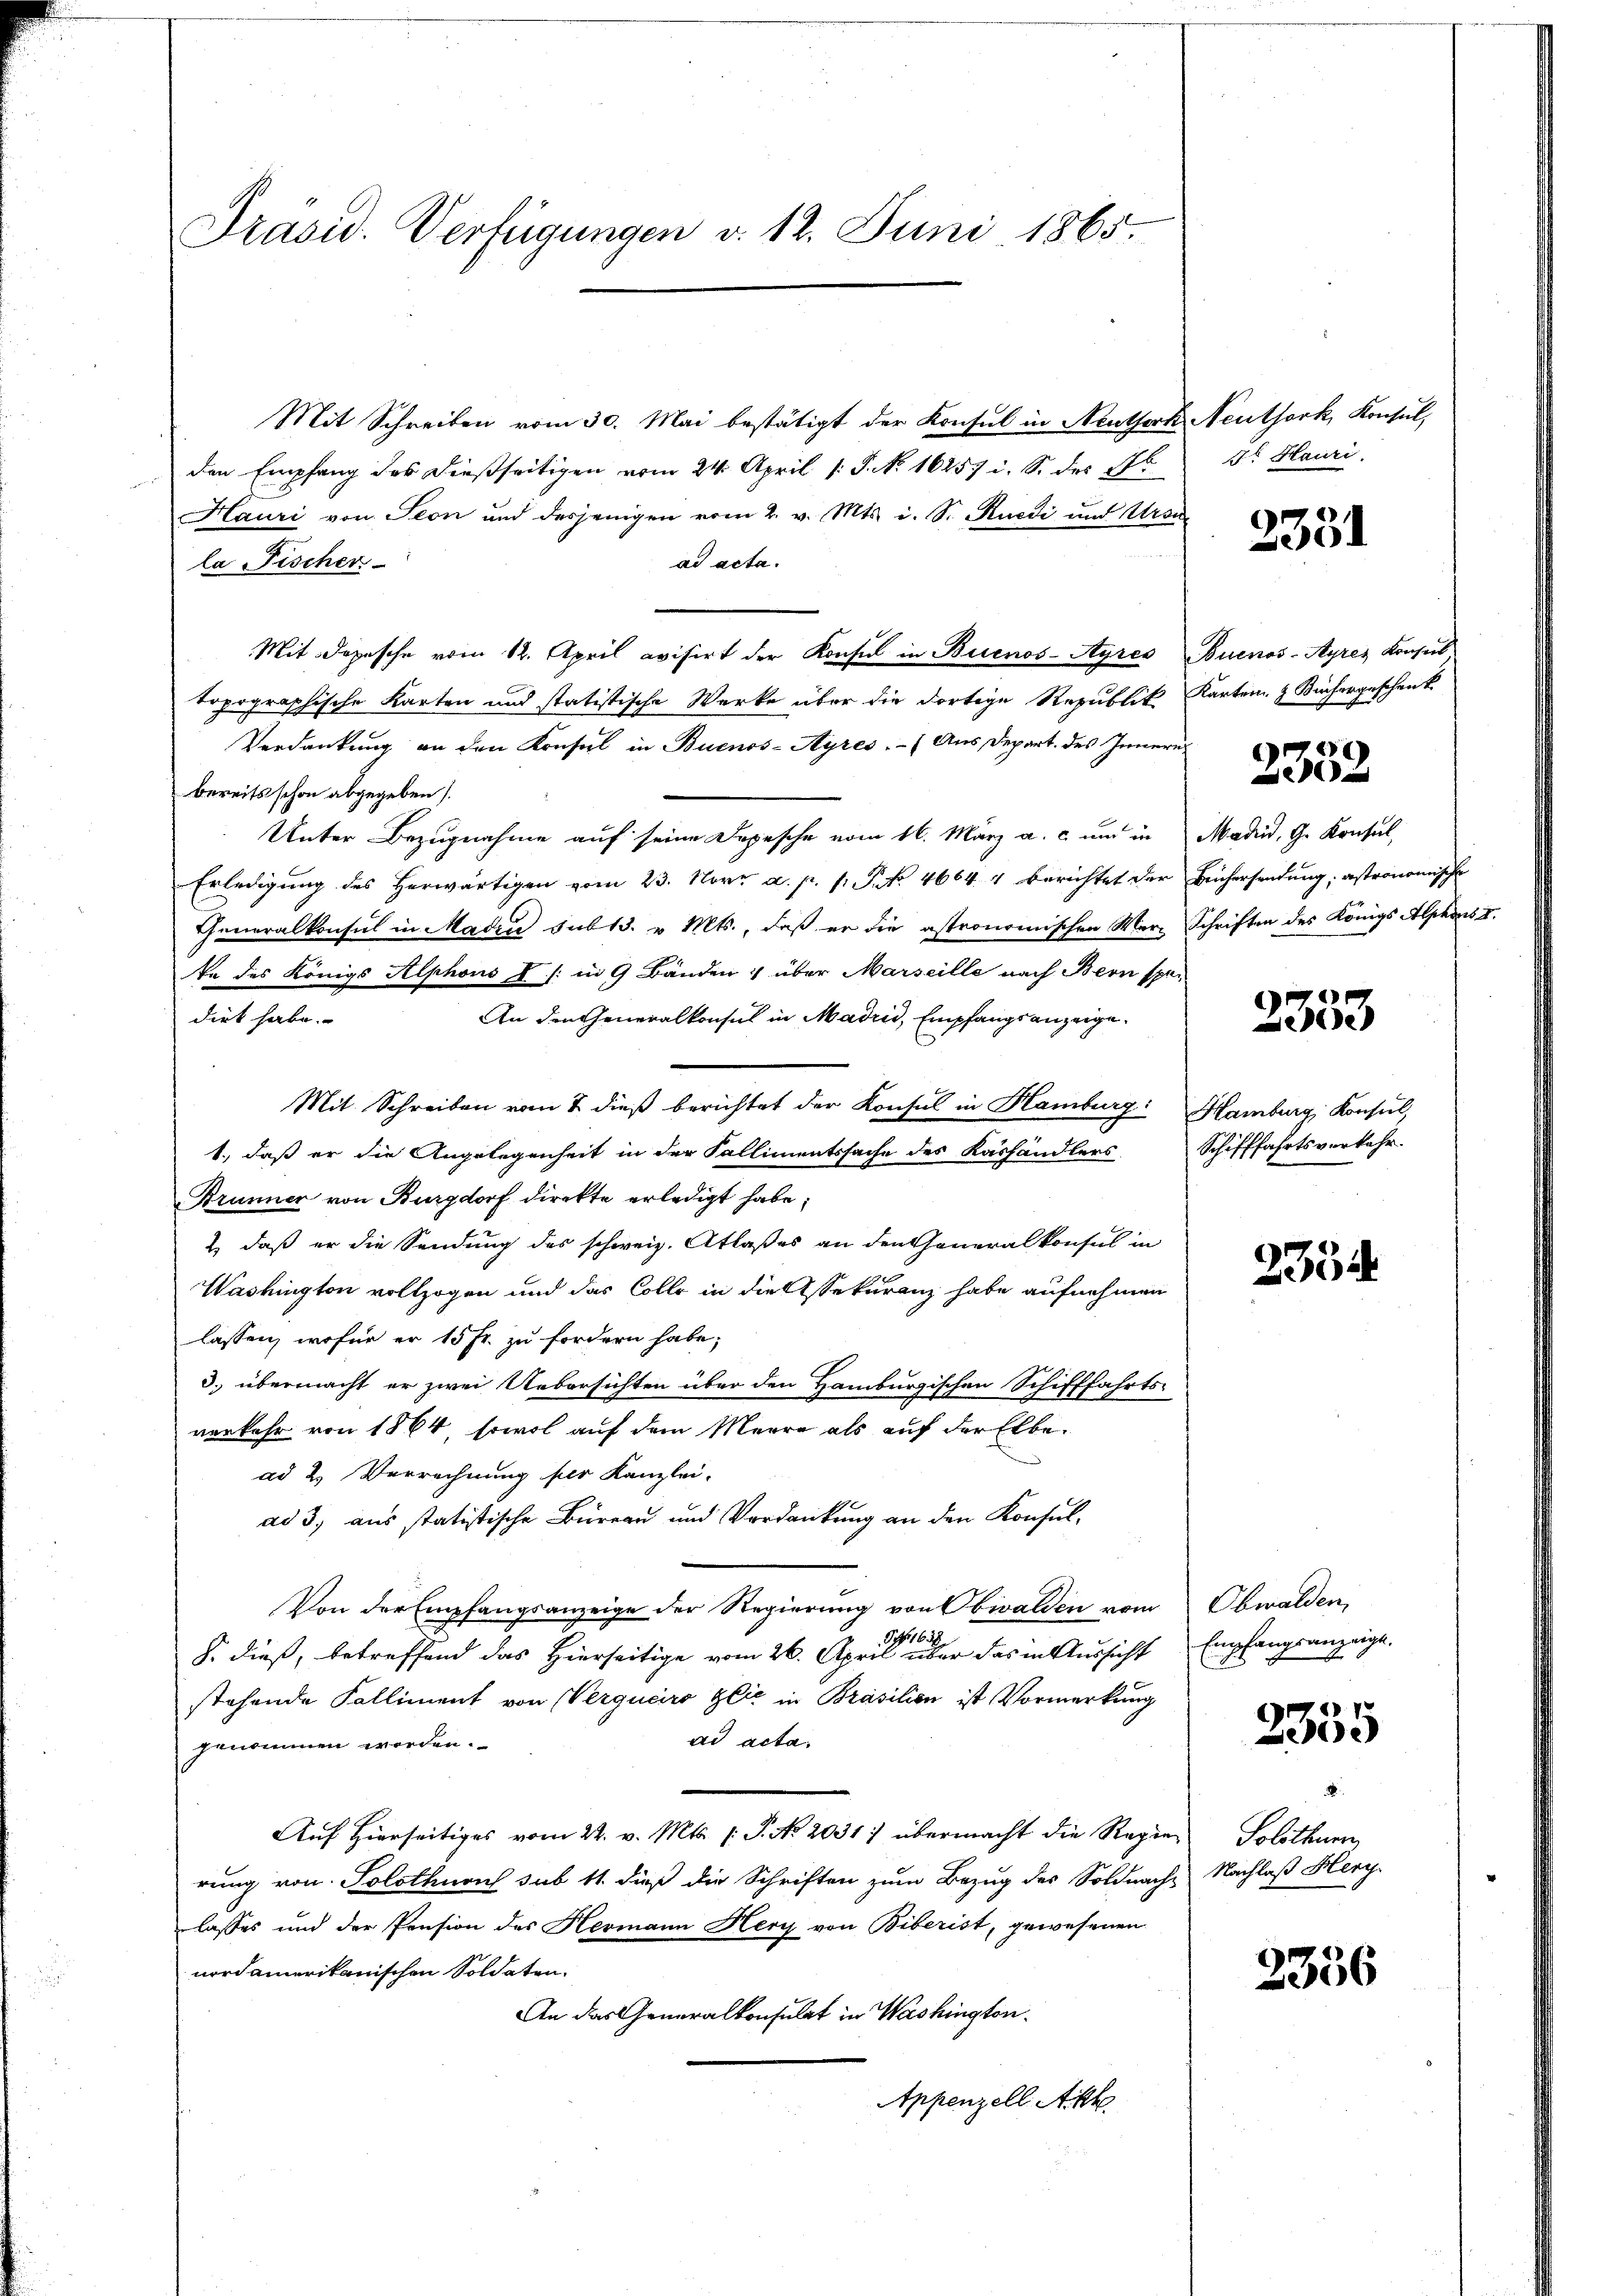
Präsid. Verfügungen v. 12. Juni 1865.

Mit Schreiben vom 30. Mai bestätigt der Konsul in Neuthork Neuthork, Konsul,
den Empfang des dießseitigen vom 24. April [ P. N. 16257 i. S. des 176
Hauri von Seon und desjenigen vom 2. v. Mts. i. S. Ruedi und Ursu
ad acta.
la Fischer
Mit Depesche vom 12. April avisirt der Konsul in Buenos-Ayres Buenos-Ayres Konses
topographische Karten und statistische Werke über die dortige Republik Karten & Büchergeschenk
Verdankung an den Konsul in Buenos-Ayres. (Aus Depart. des Innern
bereits schon abgegeben.
Unter Bezugnahme auf seine Depesche vom 16. März a. c. und in Madrid, G. Konsul,
Erledigung des herwärtigen vom 23. Nov. a. p. 1. P. No. 4664. 4 berichtet der Büchersendung, astronomische
Generalkonsul in Madia sub 13. v. Mts., daß er die astronomischen Wer-Schriften des Königs Alphons II.
te des Königs Alphons f /: in 9 Bänden & über Marseille nach Bern spe¬
An den Generalkonsul in Madrid, Empfangsanzeige.
dirt habe.
Mit Schreiben vom 2 dieß berichtet der Konsul in Hamburg: Hamburg, Konsul,
1., daß er die Angelegenheit in der Fallimentssache des Käshändlers Schifffahrtsverkehr-
Brunner von Burgdorf direkte erledigt habe;
2) daß er die Sendung des schweiz. Atlaßes an den Generalkonsul in
Washington vollzogen und das Colle in die Assekuranz habe aufnehmen
lassen, wofür er 15 fr. zu fordern habe;
3. übermacht er zwei Uebersichten über den Hamburgischen Schifffahrts-
verkehr von 1864, sowol auf dem Meere als auf der Elbead 2. Verrechnung für Kanzlei-
ad 3, aus statistische Büreau und Verdankung an den Konsul-
Von der Empfangsanzeige der Regierung von Obwalden vom
G. 1632
§. dieß, betreffend das Hierseitige vom 26. April über das in Aussicht
stehende Kalliment von Verquero Glić in Präsilien ist Vormerkung
ad acta.
genommen worden.
Aŭf Hierseitiges vom 22. v. Mts. f. P. No. 2031) übermacht die Regier Solothurn,
rung von Solothnach sub 11 dieß die Schriften zum Bezug des Soldnach-
lasses und der Pension des Hermann Herz von Biberist, gewesenen
nordamerikanischen Soldaten.
An das Generalkonsulat in Washington.
Appenzell Akt

St Hauri

3331

2
e

2353

2354

Obwalden,
Empfangsanzeige.

2335

Nachlaß Herz

2336